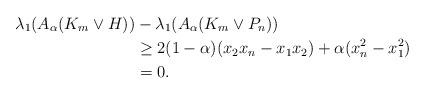
LaTeX: \begin{align*}\lambda_1(A_{\alpha}(K_m\vee H))&-\lambda_1(A_{\alpha}(K_m\vee P_n))\\&\geq 2(1-\alpha)(x_2x_n-x_1x_2)+\alpha(x_n^2-x_1^2)\\&=0.\end{align*}